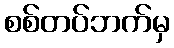
စစ်တပ်ဘက်မှ